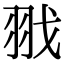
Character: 𦐂